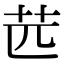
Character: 苉